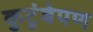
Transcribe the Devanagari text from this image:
कुटुंबेपण